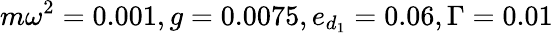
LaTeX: m\omega^{2}=0.001,g=0.0075,e_{d_{1}}=0.06,\Gamma=0.01